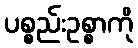
ပစ္စည်းဥစ္စာကို